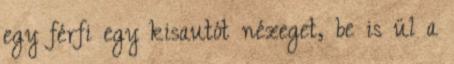
egy férfi egy kisautót nézeget, be is ül a